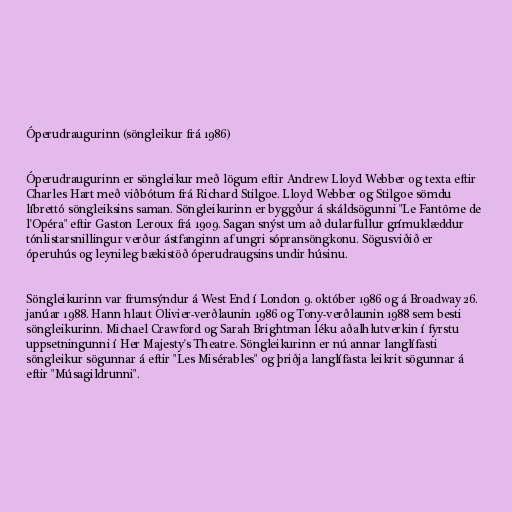
Óperudraugurinn (söngleikur frá 1986)

Óperudraugurinn er söngleikur með lögum eftir Andrew Lloyd Webber og texta eftir
Charles Hart með viðbótum frá Richard Stilgoe. Lloyd Webber og Stilgoe sömdu
líbrettó söngleiksins saman. Söngleikurinn er byggður á skáldsögunni "Le Fantôme de
l'Opéra" eftir Gaston Leroux frá 1909. Sagan snýst um að dularfullur grímuklæddur
tónlistarsnillingur verður ástfanginn af ungri sópransöngkonu. Sögusviðið er
óperuhús og leynileg bækistöð óperudraugsins undir húsinu.

Söngleikurinn var frumsýndur á West End í London 9. október 1986 og á Broadway 26.
janúar 1988. Hann hlaut Olivier-verðlaunin 1986 og Tony-verðlaunin 1988 sem besti
söngleikurinn. Michael Crawford og Sarah Brightman léku aðalhlutverkin í fyrstu
uppsetningunni í Her Majesty's Theatre. Söngleikurinn er nú annar langlífasti
söngleikur sögunnar á eftir "Les Misérables" og þriðja langlífasta leikrit sögunnar á
eftir "Músagildrunni".